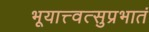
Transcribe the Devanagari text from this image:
भूयात्त्वत्सुप्रभातं